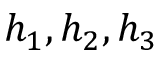
h _ { 1 } , h _ { 2 } , h _ { 3 }